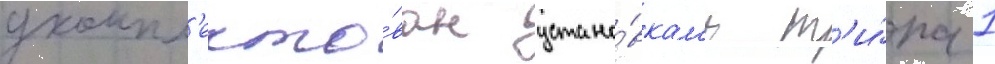
укомпл'екто́ван устано́вкам'и т'и́па 1